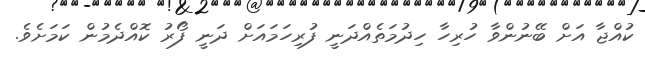
ކުއްޖާ އަށް ބޭނުންވާ ހުރިހާ ހިދުމަތެއްދަނީ ފުރިހަމައަށް ދަނީ ފޯރު ކޮއްދެމުން ކަމަށެވެ.